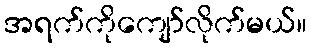
အရက်ကိုကျော်လိုက်မယ်။